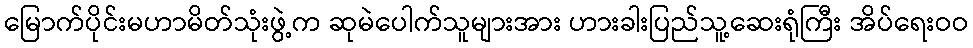
မြောက်ပိုင်းမဟာမိတ်သုံးဖွဲ့က ဆုမဲပေါက်သူများအား ဟားခါးပြည်သူ့ဆေးရုံကြီး အိပ်ရေးဝဝ